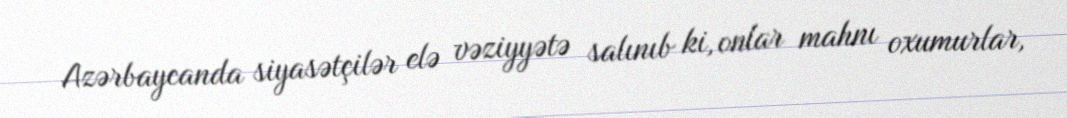
Azərbaycanda siyasətçilər elə vəziyyətə salınıb ki, onlar mahnı oxumurlar,